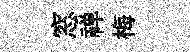
窓禅梅